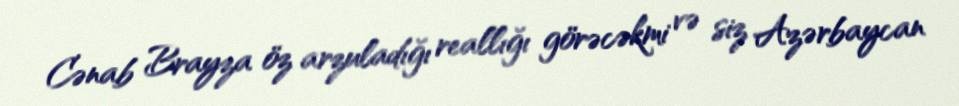
Cənab Brayza öz arzuladığı reallığı görəcəkmi və siz Azərbaycan